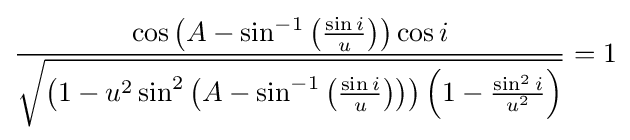
{\frac {\cos \left(A-\sin ^{-1}\left({\frac {\sin i}{u}}\right)\right)\cos i}{\sqrt {\left(1-u^{2}\sin ^{2}\left(A-\sin ^{-1}\left({\frac {\sin i}{u}}\right)\right)\right)\left(1-{\frac {\sin ^{2}i}{u^{2}}}\right)}}}=1